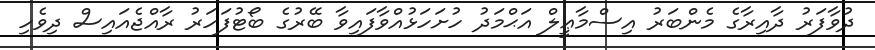
ދުވާފަރު ދާއިރާގެ މެންބަރު އިސްމާޢީލް އަޙްމަދު ހުށަހަޅުއްވާފައިވާ ބޭރުގެ ބޯޓުފަހަރު ރާއްޖެއައިސް ދިވެހި